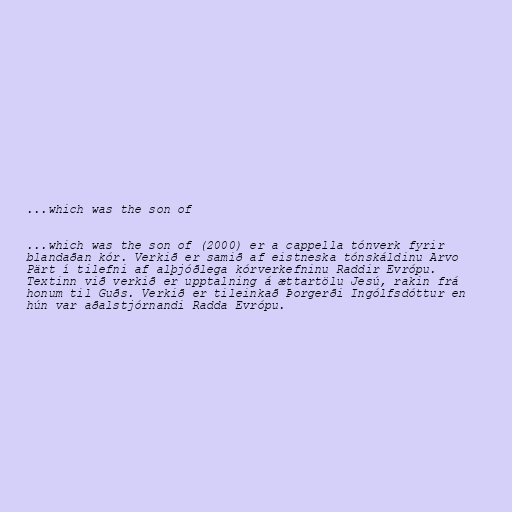
...which was the son of

...which was the son of (2000) er a cappella tónverk fyrir
blandaðan kór. Verkið er samið af eistneska tónskáldinu Arvo
Pärt í tilefni af alþjóðlega kórverkefninu Raddir Evrópu.
Textinn við verkið er upptalning á ættartölu Jesú, rakin frá
honum til Guðs. Verkið er tileinkað Þorgerði Ingólfsdóttur en
hún var aðalstjórnandi Radda Evrópu.